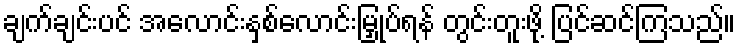
ချက်ချင်းပင် အလောင်းနှစ်လောင်းမြှုပ်ရန် တွင်းတူးဖို့ ပြင်ဆင်ကြသည်။